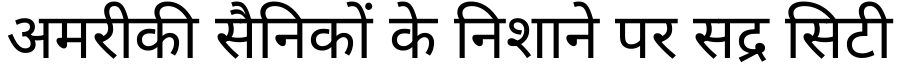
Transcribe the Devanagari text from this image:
अमरीकी सैनिकों के निशाने पर सद्र सिटी